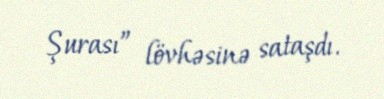
Şurası” lövhəsinə sataşdı.